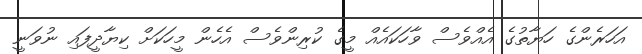
އަހަރެންގެ ހަޔާތުގެ އެއްވެސް ވާހަކައެއް މީގެ ކުރިންވެސް އެހެން މީހަކަށް ކިޔާދީފައި ނުވަނީ